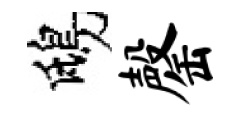
鴟罄